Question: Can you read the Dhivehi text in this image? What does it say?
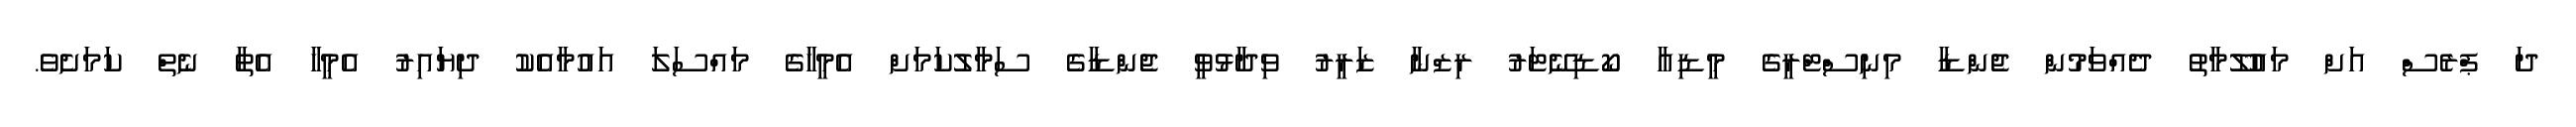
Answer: ދަ ޕްރެސް އަށް މައުލޫމާތު ދެއްވަމުން ޖެންޑާ މިނިސްޓްރީގެ މީޑިއާ ކޯޑިނޭޓަރު ރިޒްނާ ޒަރީރު ވިދާޅުވީ ޖެންޑާގެ ސަމާލުކަމަށް އެމީހާގެ މައްސަލަ އައުމާއެކު ދިޔައިރު އެމީހާ އެތާ ނެތް ކަމަށެވެ.